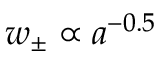
w _ { \pm } \propto a ^ { - 0 . 5 }